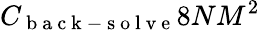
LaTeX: C_{\mathrm{~b~a~c~k~-~s~o~l~v~e~}}8NM^{2}